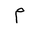
Letter: _mim